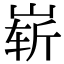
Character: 崭